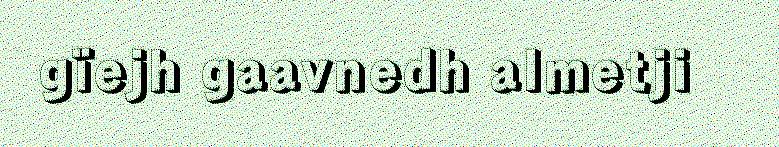
gïejh gaavnedh almetji